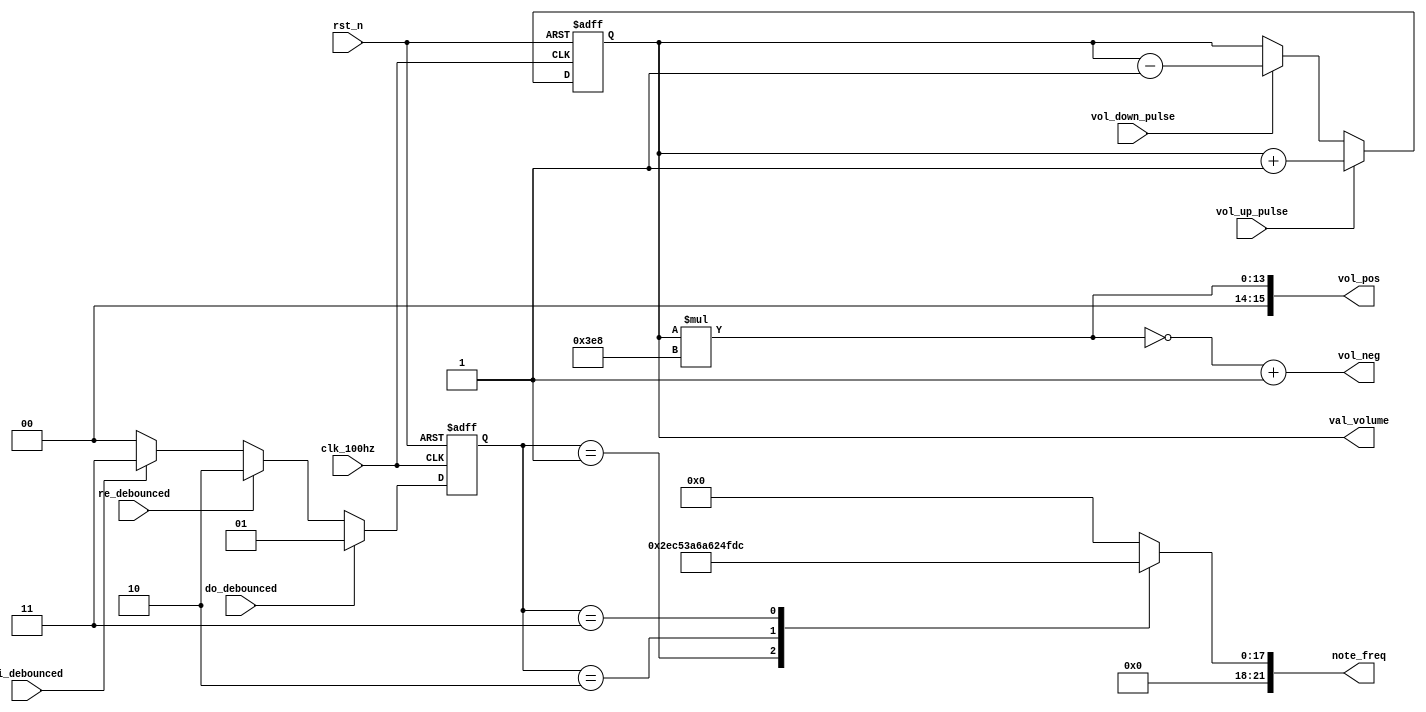
`timescale 1ns / 1ps
//////////////////////////////////////////////////////////////////////////////////
// Company: 
// Engineer: 
// 
// Design Name: 
// Module Name: fre_vol_ctl
// Project Name: 
// Target Devices: 
// Tool Versions: 
// Description: 
// 
// Dependencies: 
// 
// Revision:
// Revision 0.01 - File Created
// Additional Comments:
// 
//////////////////////////////////////////////////////////////////////////////////


module fre_vol_ctl(
    input clk_100hz,
    input rst_n,
    input do_debounced,
    input re_debounced,
    input mi_debounced,
    input vol_up_pulse,
    input vol_down_pulse,
    output reg [21:0]note_freq,  // divisor
    output reg [15:0]vol_pos,    // max
    output reg [15:0]vol_neg,    // min
    output reg [3:0]val_volume   // volumn
    );   
    reg [1:0]freq_sel;   // select divisor 
    reg [1:0]freq_sel_next;
    reg [3:0]vol_in_next;
    reg [3:0]vol_in;
    
// frequency control
    always @*
        if (do_debounced) freq_sel_next = 2'd1;
        else if (re_debounced) freq_sel_next = 2'd2;
        else if (mi_debounced) freq_sel_next = 2'd3;
        else freq_sel_next = 2'd0;
    
    always @(posedge clk_100hz or negedge rst_n)
        if (~rst_n) freq_sel <= 2'd0;
        else freq_sel <= freq_sel_next;
    
    always @*
        case (freq_sel)
            2'd1: note_freq = 22'd191571; // Do divisor
            2'd2: note_freq = 22'd170648; // Re divisor
            2'd3: note_freq = 22'd151515; // Mi divisor
            default: note_freq = 22'd0;
        endcase
    
// volumn control
    always @* begin
        if  (vol_up_pulse) vol_in = val_volume + 4'd1;       // volumn + 1
        else if (vol_down_pulse) vol_in = val_volume - 4'd1; // volumn - 1
        else vol_in = val_volume;  // remain the same volumn
    end
    
    always @(posedge clk_100hz or negedge rst_n)
        if (~rst_n) val_volume <= 4'd0;
        else val_volume <= vol_in;
 
    always @* begin
        vol_pos = val_volume * 16'd1000;
        vol_neg = ~vol_pos + 16'd1;       //  2's complement of vol_pos
    end
     
endmodule